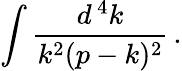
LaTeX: \int{\frac{d^{\, 4}k}{k^{2}(p-k)^{2}}}\, .